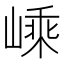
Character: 嵊